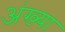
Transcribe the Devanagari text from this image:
अंख्या